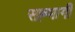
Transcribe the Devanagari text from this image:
सह्भागी